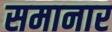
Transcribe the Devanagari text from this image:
समानार